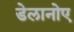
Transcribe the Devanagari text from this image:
डेलानोए